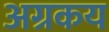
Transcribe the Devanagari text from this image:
अग्रकय